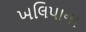
ખલિપાના